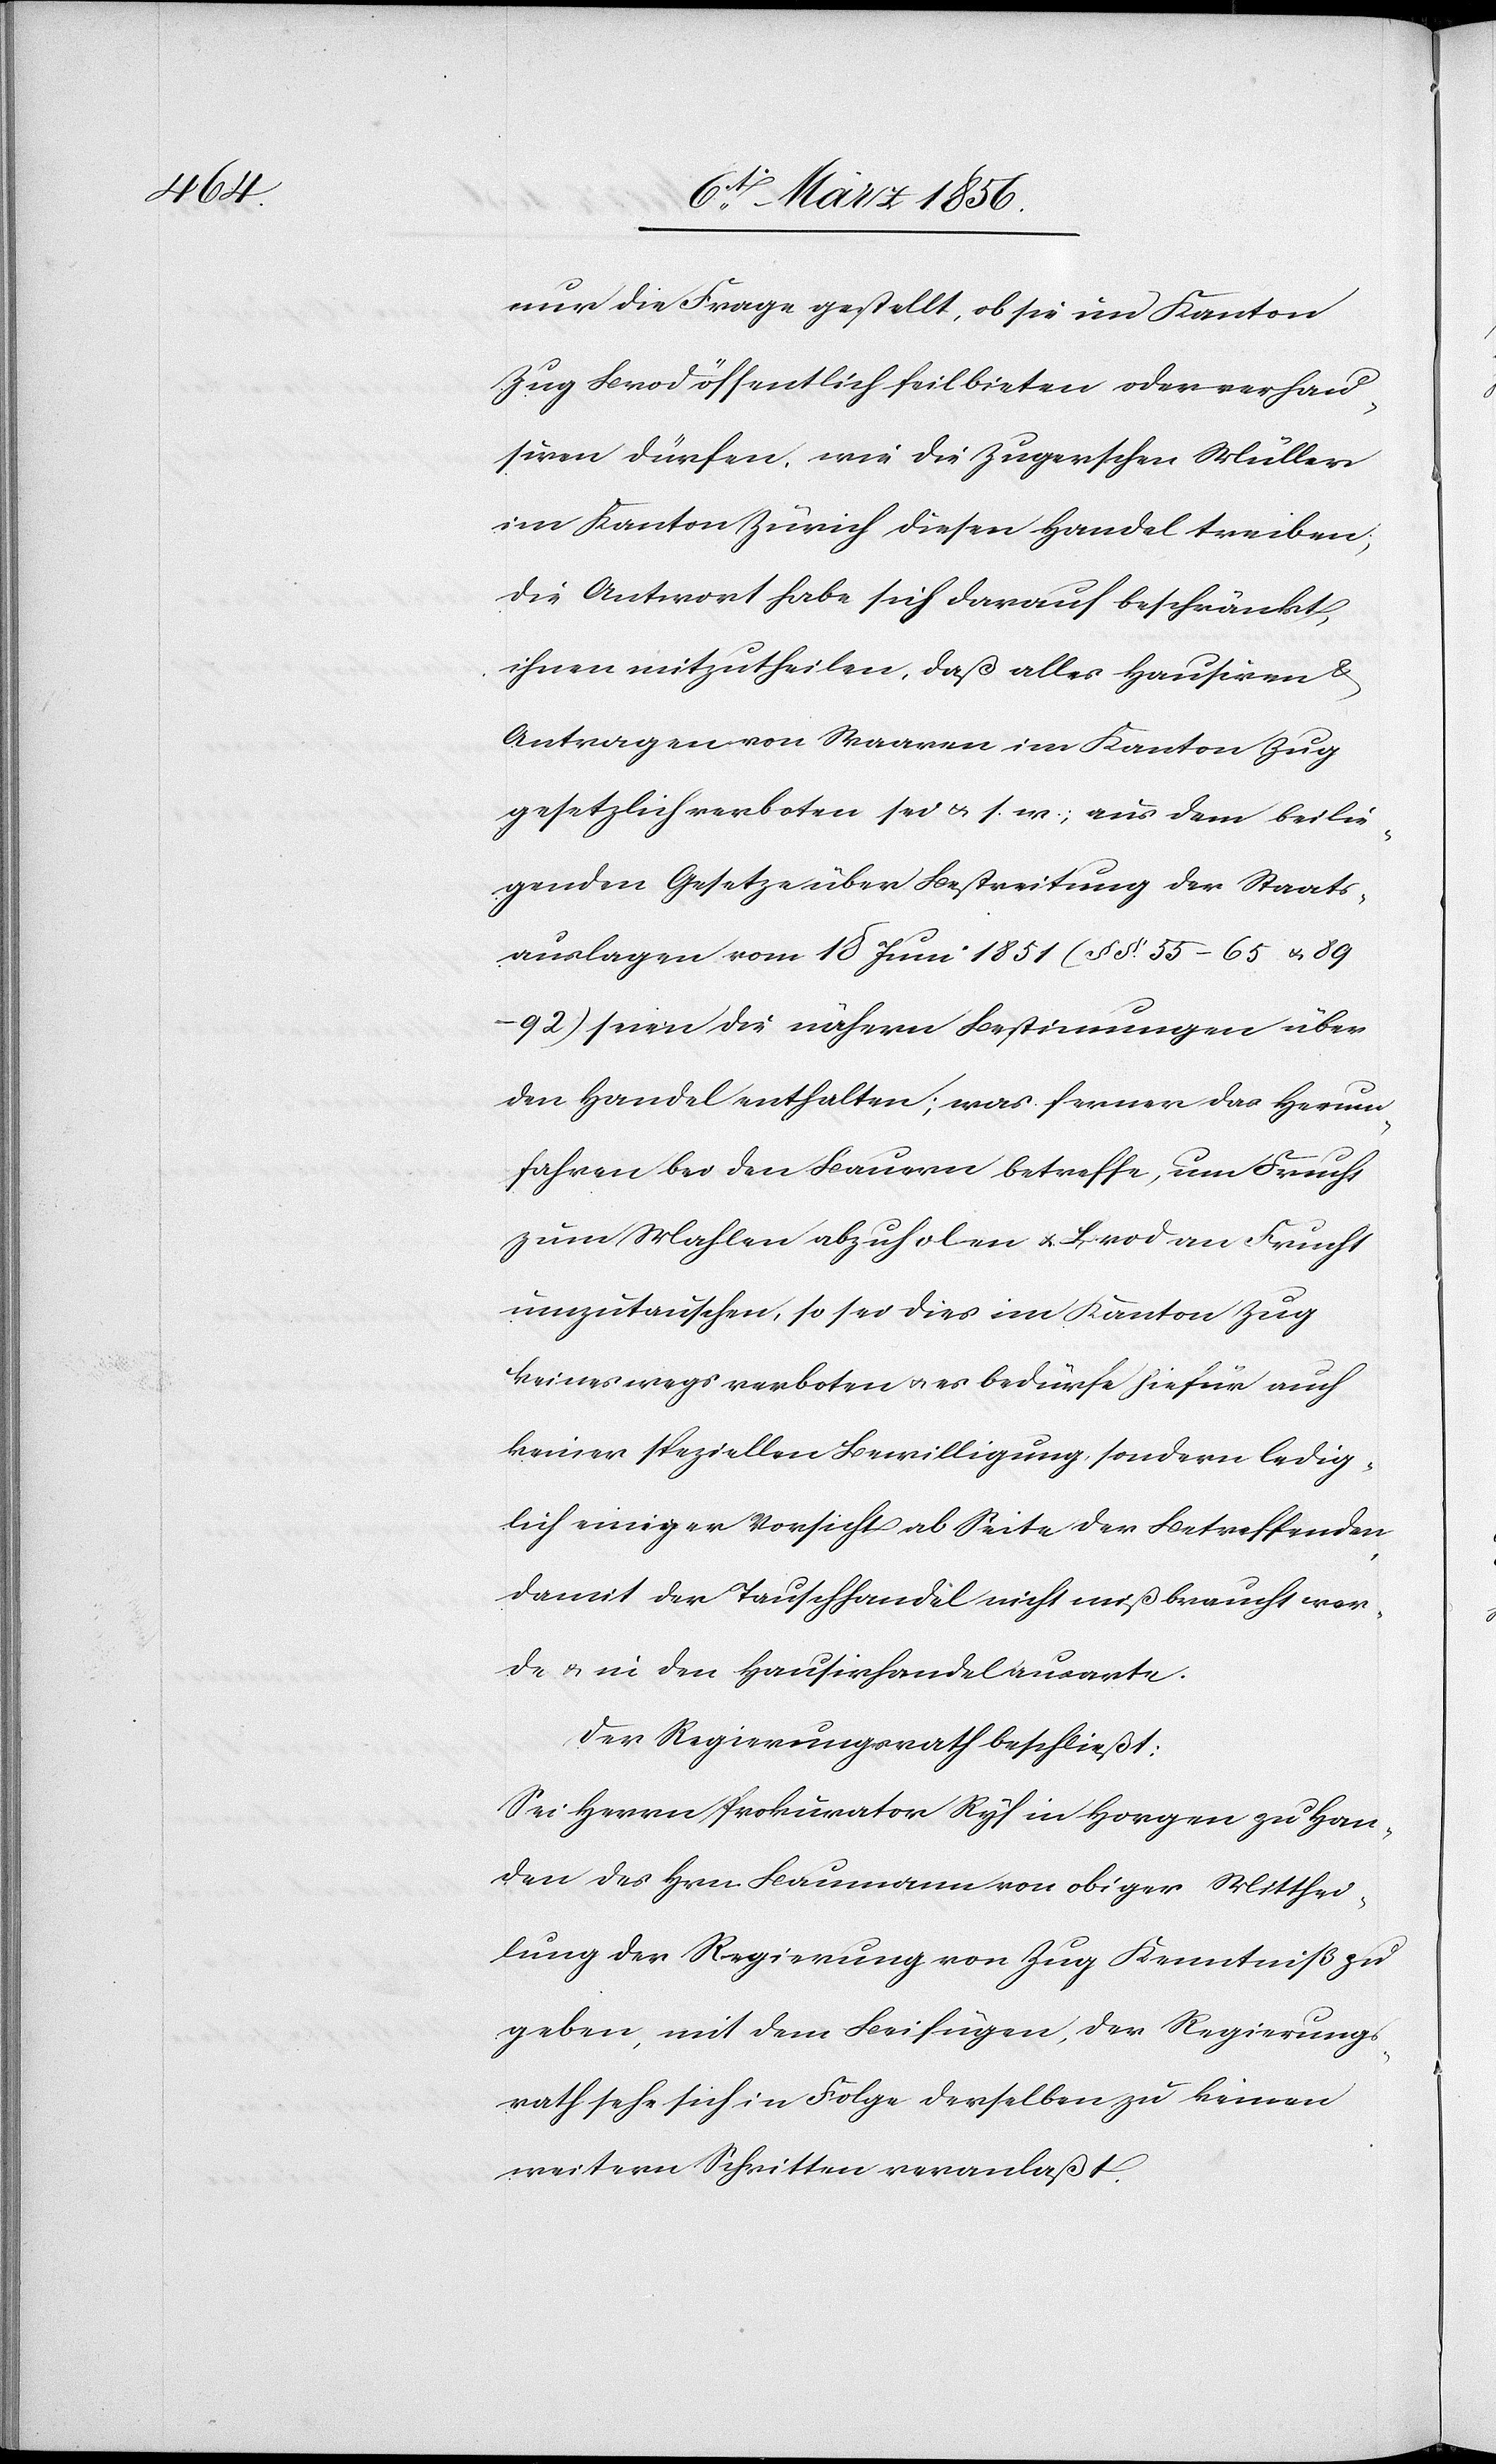
nur die Frage gestellt, ob sie im Kanton
Zug Brod öffentlich feilbieten oder verhau¬
siren dürfen, wie die Zugerschen Müller
im Kanton Zürich diesen Handel treiben;
die Antwort habe sich darauf beschränkt,
ihnen mitzutheilen, daß alles Hausiren &
Antragen von Waaren im Kanton Zug
gesetzlich verboten sei u. s. w.; aus dem beilie¬
genden Gesetze über Bestreitung der Staats¬
auslagen vom 18 Juni 1851 (§§. 55–65 u.
89–92) seien die nähern Bestimungen [sic!] über
den Handel enthalten; was ferner das Herum¬
fahren bei den Bauern betreffe, um Frucht
zum Mahlen abzuholen u. Brod an Frucht
umzutauschen, so sei dies im Kanton Zug
keineswegs verboten u. es bedürfe hiefür auch
keiner speziellen Bewilligung, sondern ledig¬
lich einiger Vorsicht ab Seite der Betreffenden,
damit der Tauschhandel nicht mißbraucht wer¬
de & in den Hausirhandel ausarte.
Der Regierungsrath beschließt:
Sei Herrn Prokurator Ryf in Horgen zu Han¬
den des Hrn Baumann von obiger Mitthei¬
lung der Regierung von Zug Kenntniß zu
geben, mit dem Beifügen, der Regierungs¬
rath sehe sich in Folge derselben zu keinen
weitern Schritten veranlaßt.